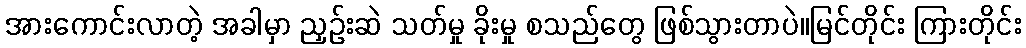
အားကောင်းလာတဲ့ အခါမှာ ညှဉ်းဆဲ သတ်မှု ခိုးမှု စသည်တွေ ဖြစ်သွားတာပဲ။မြင်တိုင်း ကြားတိုင်း